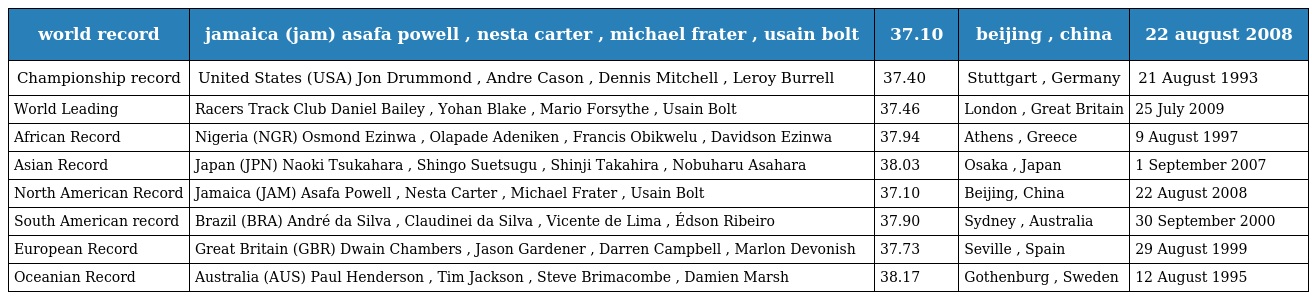
| world record | jamaica (jam) asafa powell , nesta carter , michael frater , usain bolt | 37.10 | beijing , china | 22 august 2008 |
 | --- | --- | --- | --- | --- |
 | Championship record | United States (USA) Jon Drummond , Andre Cason , Dennis Mitchell , Leroy Burrell | 37.40 | Stuttgart , Germany | 21 August 1993 |
 | World Leading | Racers Track Club Daniel Bailey , Yohan Blake , Mario Forsythe , Usain Bolt | 37.46 | London , Great Britain | 25 July 2009 |
 | African Record | Nigeria (NGR) Osmond Ezinwa , Olapade Adeniken , Francis Obikwelu , Davidson Ezinwa | 37.94 | Athens , Greece | 9 August 1997 |
 | Asian Record | Japan (JPN) Naoki Tsukahara , Shingo Suetsugu , Shinji Takahira , Nobuharu Asahara | 38.03 | Osaka , Japan | 1 September 2007 |
 | North American Record | Jamaica (JAM) Asafa Powell , Nesta Carter , Michael Frater , Usain Bolt | 37.10 | Beijing, China | 22 August 2008 |
 | South American record | Brazil (BRA) André da Silva , Claudinei da Silva , Vicente de Lima , Édson Ribeiro | 37.90 | Sydney , Australia | 30 September 2000 |
 | European Record | Great Britain (GBR) Dwain Chambers , Jason Gardener , Darren Campbell , Marlon Devonish | 37.73 | Seville , Spain | 29 August 1999 |
 | Oceanian Record | Australia (AUS) Paul Henderson , Tim Jackson , Steve Brimacombe , Damien Marsh | 38.17 | Gothenburg , Sweden | 12 August 1995 |